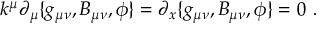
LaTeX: k ^ { \mu } \partial _ { \mu } \{ g _ { \mu \nu } , B _ { \mu \nu } , \phi \} = \partial _ { x } \{ g _ { \mu \nu } , B _ { \mu \nu } , \phi \} = 0 \ .